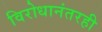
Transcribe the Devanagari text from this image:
विरोधानंतरही